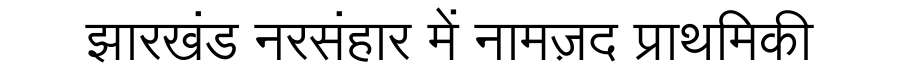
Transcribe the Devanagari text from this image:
झारखंड नरसंहार में नामज़द प्राथमिकी